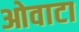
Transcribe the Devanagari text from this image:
ओवाटा